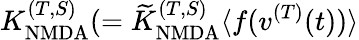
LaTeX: K_{\mathrm{NMDA}}^{(T,S)}(={\widetilde K}_{\mathrm{NMDA}}^{(T,S)}\langle f(v^{(T)}(t))\rangle